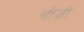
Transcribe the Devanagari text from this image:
चीज़ी